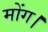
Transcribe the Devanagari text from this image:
मोंग।